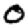
Digit: 0